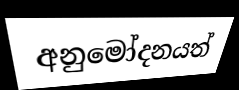
අනුමෝදනයත්